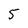
Character: 5